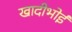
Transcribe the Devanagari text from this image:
खादीभोई